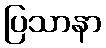
ပြသာနာ